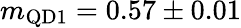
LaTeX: m_{\mathrm{QD1}}=0.57\pm 0.01